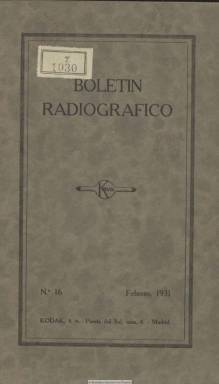
Título: Boletín radiográfico
Colección: Fotografía
Ámbito geográfico: Madrid
Lugar de publicación: Madrid
Fechas: 01/02/1931-30/06/1934

Publicación mensual editada por la compañía norteamericana Kodak, cuya delegación tenía su sede en la Puerta del Sol, 4, de Madrid, especializada en fotografía clínica o radiográfica. Sus entregas son de unas doce páginas, con textos y fotograbados de radiografías, aparatos, cualidades de los clichés, positivados o tipos de películas relativos a la tecnología médica radiológica.

 La colección de la Biblioteca Nacional de España es incompleta. Arranca con el número de febrero de 1931 y concluye con el de junio de 1934. Se trata de una publicación técnica en la que la fotografía tiene una importancia fundamental. En el citado número de febrero de 1931 podemos ver a doble página una composición que reproduce un examen dental completo hecho con ayuda de catorce películas intrabucales. Las radiografías, según se explica en el texto, fueron hechas a un paciente de 19 años que no había recibido cuidados dentales regulares.

  Las imágenes publicadas no sólo eran del cuerpo humano. En el número de septiembre de 1933 se puede ver la radiografía de unas rosas, aunque lógicamente la publicación estaba volcada a promocionar sus productos para la exploración y el diagnóstico médico. Así, en el último número que posee la BNE se anuncia para el mercado español una nueva película radiográfica no inflamable. La compañía ya estaba muy presente en España y, además de en Madrid, contaba con sucursales en Barcelona, Sevilla y Bilbao.

  Para contextualizar esta publicación, hay que recordar que el físico alemán Conrad Röntgen descubrió en 1895 los rayos X, llamados así por él, y al año siguiente hizo una radiografía de un brazo fracturado y la publicó en la revista British Medical Journal, lo que tuvo una repercusión mundial. El que sería eminente radiólogo madrileño, Antonio Espina y Capó, fue uno de los primeros investigadores en España en destacar la importancia del descubrimiento. Aunque la primera radiografía en público tuvo lugar en 1896 en la Facultad de Medicina de Barcelona, en un acto organizado por César Comas i Llabería. También en Barcelona, en 1910, tuvo lugar el V Congreso Internacional de Radiología.

 En 1912 se comenzó a editar la Revista Española de Electrología y Radiología Médicas, fundada y dirigida por Celedonio Calatayud Costa, cofundador de la Sociedad Española de Electrología y Radiología Médicas y figura clave en los comienzos de esta especialidad y su publicación científica. La Sociedad echó a andar oficialmente en un acto solemne celebrado en 1917 en la Academia de Medicina de Madrid presidido por el Rey Alfonso XIII. En 2012, centenario de la citada revista, se publicó el libro de Pilar Gallar ‘100 años de Radiología sin Red’, dedicado a recordar la historia de esta especialidad hasta la llegada de internet.

[Descripción modificada el 10/07/2020]